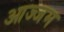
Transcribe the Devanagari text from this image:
आज्जम